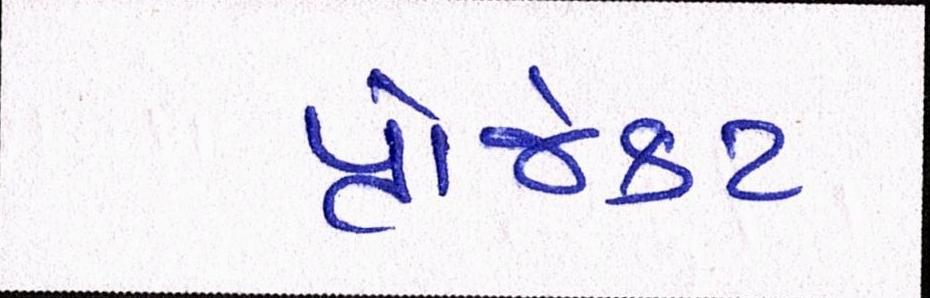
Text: પ્રોજેક્ટ